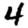
Digit: 4